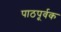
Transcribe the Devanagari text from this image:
पाठपूर्वक